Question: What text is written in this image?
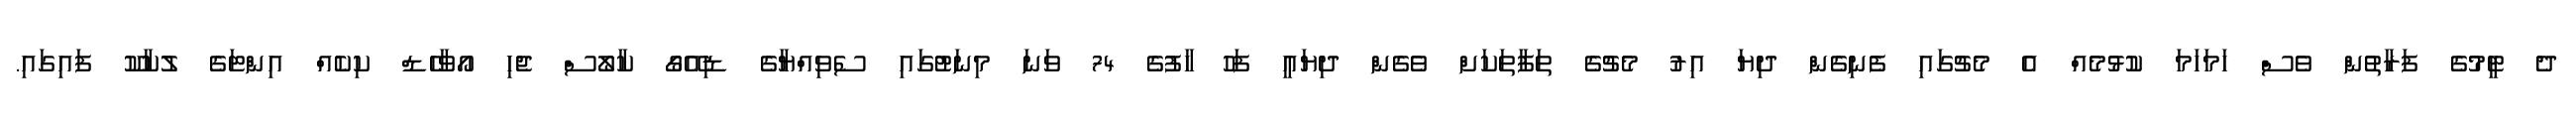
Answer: ދެ ޓީމުގެ ފަރާތުން ވެސް ހަމަހަމަ ކުޅުމެއް އެ މެޗުގައި ފެނިގެން ދިޔަ އިރު މެޗުގެ ތަފާތަކަށް ވެގެން ދިޔައީ ފަހު ހާފުގެ 74 ވަނަ މިނަޓުގައި ސެވިއްޔާގެ ޑިއޭގޯ ކާލޯސް ޖެހި އޯވާހެޑް ކިކެއް އިންޓަގެ ލުކާކޫ ފައިގައި.